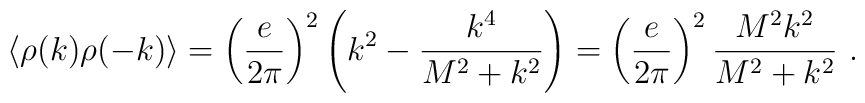
\langle\rho(k) \rho(-k)\rangle = \left ({e\over 2\pi}\right )^2  \left(k^2 -{k^4\over  M^2 + k^2}\right) = \left ({e\over 2\pi}\right )^2{M^2 k^2\over  M^2 + k^2} \ .